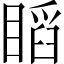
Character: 𥉰